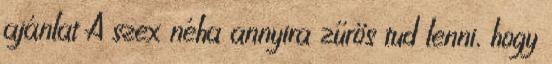
ajánlat A szex néha annyira zűrös tud lenni, hogy